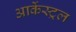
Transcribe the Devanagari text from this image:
आर्केस्ट्रल